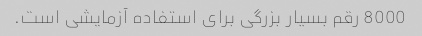
8000 رقم بسیار بزرگی برای استفاده آزمایشی است.